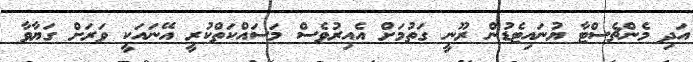
އަދި މެންޗެސްޓާ ޔުނައިޓެޑުން ރޫނީ ގަތުމަށް އެއިރުވެސް މަސައްކަތްކުރީ އޭނައަކީ ވަރަށް ގަޔާވާ